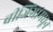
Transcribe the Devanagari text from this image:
बीजिंगामधून